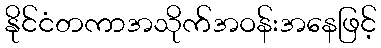
နိုင်ငံတကာအသိုက်အဝန်းအနေဖြင့်